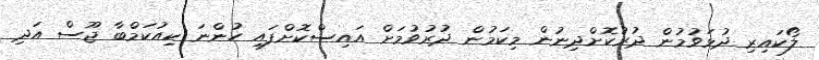
ލޯކައިރި ދުޅަވުމުން ދުރުކޮށްދިނުން މިކަމުން ދުރުވުމަށް އައިސްކޮށްފައި ހުންނަ ކިއުކަމްބާ ޖޫސް އަދި